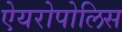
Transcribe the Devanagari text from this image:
ऐयरोपोलिस